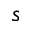
s